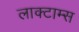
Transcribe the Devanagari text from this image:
लाक्टाम्स